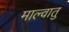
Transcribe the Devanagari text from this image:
माल्वातु